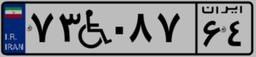
۷۳W۰۸۷۶۴